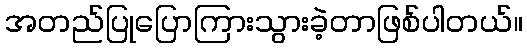
အတည်ပြုပြောကြားသွားခဲ့တာဖြစ်ပါတယ်။